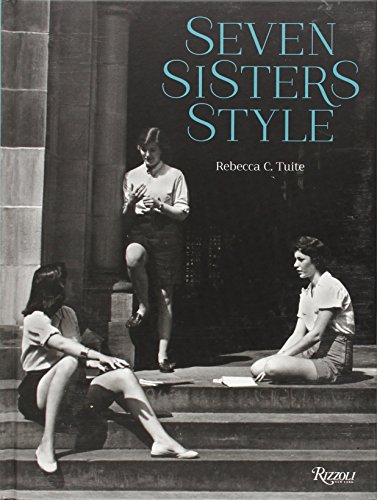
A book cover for Seven Sisters Style: The All-American Preppy Look; Rebecca C. Tuite; Humor & Entertainment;